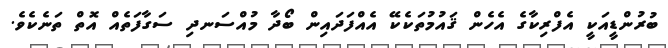
ބުރުންޑީއަކީ އެފްރިކާގެ އެހެން ޤައުމުތަކެކޭ އެއްފަދައިން ބޯދާ މުއްސަނދި ސަަގާފަތެއް އޮތް ތަނެކެވެ.